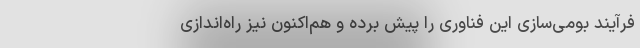
فرآیند بومی‌سازی این فناوری را پیش برده و هم‌اکنون نیز راه‌اندازی